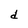
Character: d